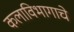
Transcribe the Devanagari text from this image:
कलाविभागाचे